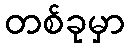
တစ်ခုမှာ